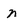
Character: n